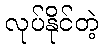
လုပ်နိုင်တဲ့